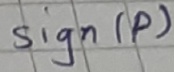
Text: Sign(p)